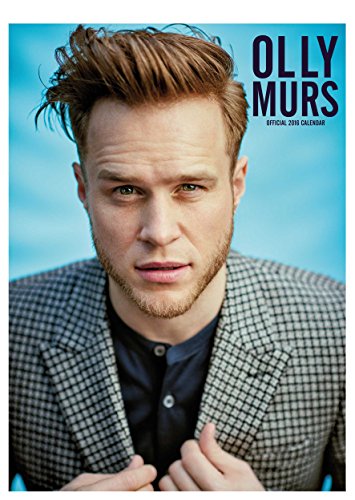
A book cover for The Official Olly Murs 2016 A3 Calendar; Calendars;